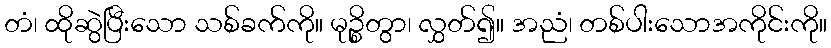
တံ၊ ထိုဆွဲပြီးသော သစ်ခက်ကို။ မုဉ္စိတွာ၊ လွှတ်၍။ အညံ၊ တစ်ပါးသောအကိုင်းကို။